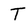
Character: T